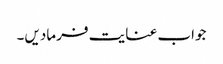
جواب عنایت فرمادیں۔